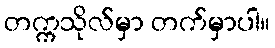
တက္ကသိုလ်မှာ တက်မှာပါ။